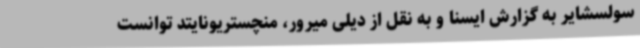
سولسشایر به گزارش ایسنا و به نقل از دیلی میرور، ‌منچستریونایتد توانست